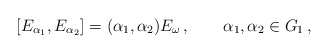
\begin{align*}[E_{\alpha_1},E_{\alpha_2}]= (\alpha_1,\alpha_2) E_{\omega}\, ,\qquad\alpha_1,\alpha_2\in G_1\, ,\end{align*}